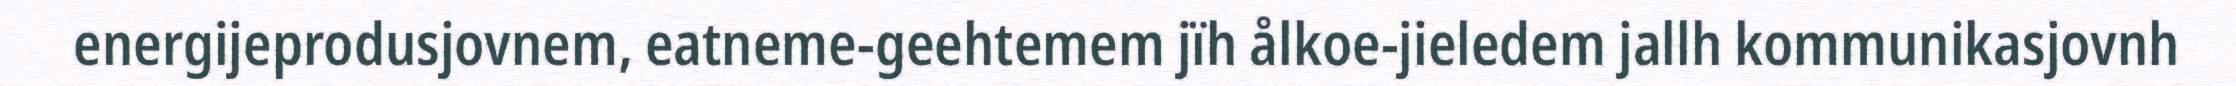
energijeprodusjovnem, eatneme-geehtemem jïh ålkoe-jieledem jallh kommunikasjovnh